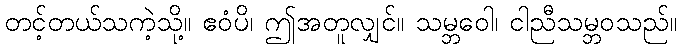
တင့်တယ်သကဲ့သို့။ ဧဝံပိ၊ ဤအတူလျှင်။ သမ္ဘဝေါ၊ ငါညီသမ္ဘဝသည်။